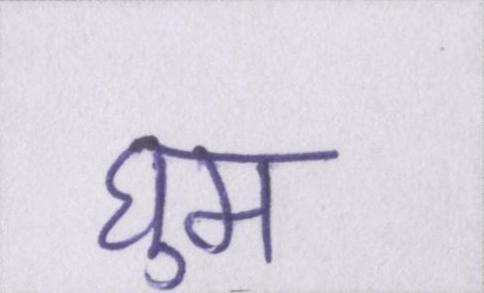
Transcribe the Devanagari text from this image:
घुम